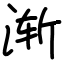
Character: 渐